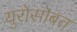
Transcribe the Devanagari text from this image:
युरोसोबत